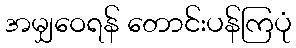
အမျှဝေရန် တောင်းပန်ကြပုံ